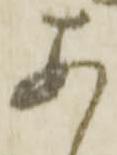
あ